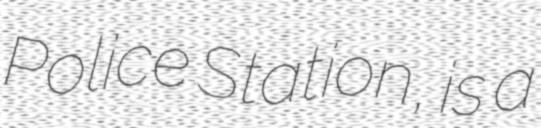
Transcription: Police Station, is a